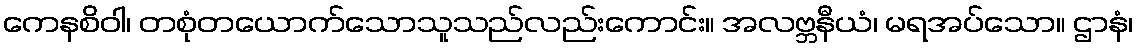
ကေနစိဝါ၊ တစုံတယောက်သောသူသည်လည်းကောင်း။ အလဗ္ဘနီယံ၊ မရအပ်သော။ ဌာနံ၊